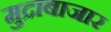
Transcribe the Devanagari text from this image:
मुद्राबाजार